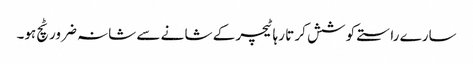
سارے راستے کو شش کر تا رہا ٹیچر کے شا نے سے شانہ ضرور ٹچ ہو۔